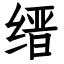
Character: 缙